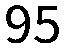
95